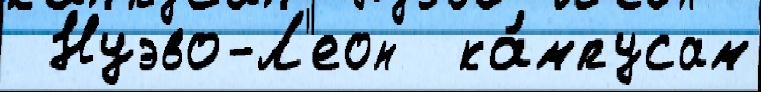
 Нуэво-Л'еон  ка́мпусам